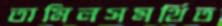
তামিলসমর্থিত